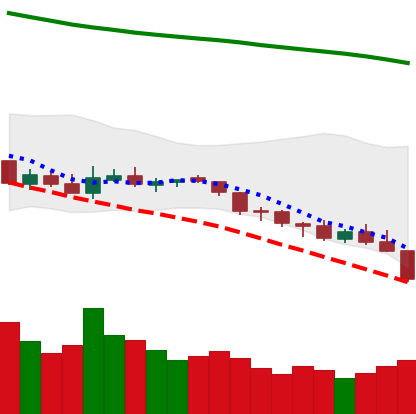
Ticker: NEO-USD
Chart end date: 2018-08-08
Forward return: -27.207%
Label: down_7plus